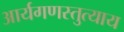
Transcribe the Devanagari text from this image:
आर्यगणस्तुत्याय